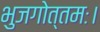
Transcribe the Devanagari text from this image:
भुजगोत्तमः।